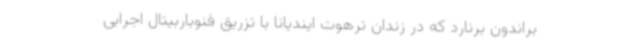
براندون برنارد که در زندان ترهوت ایندیانا با تزریق فنوباربیتال اجرایی